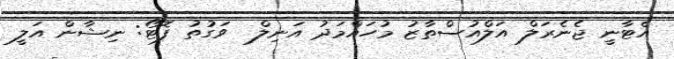
އެޓާނީ ޖެނެރަލް އަލްއުސްތާޒު މުހައްމަދު އަނިލް  ވަގުތު ފޮޓޯ: ނިޝާން އަލީ